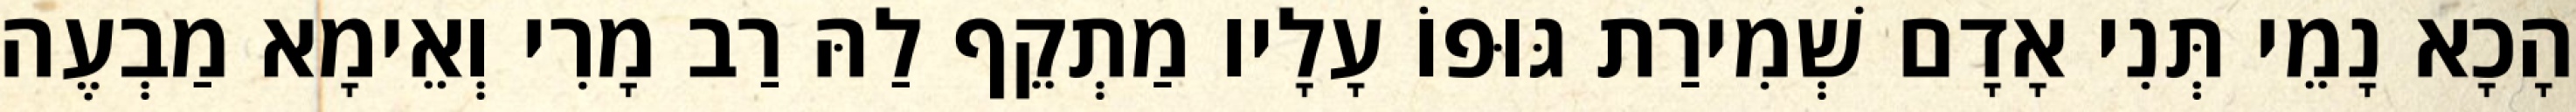
הָכָא נָמֵי תְּנִי אָדָם שְׁמִירַת גּוּפוֹ עָלָיו מַתְקֵף לַהּ רַב מָרִי וְאֵימָא מַבְעֶה